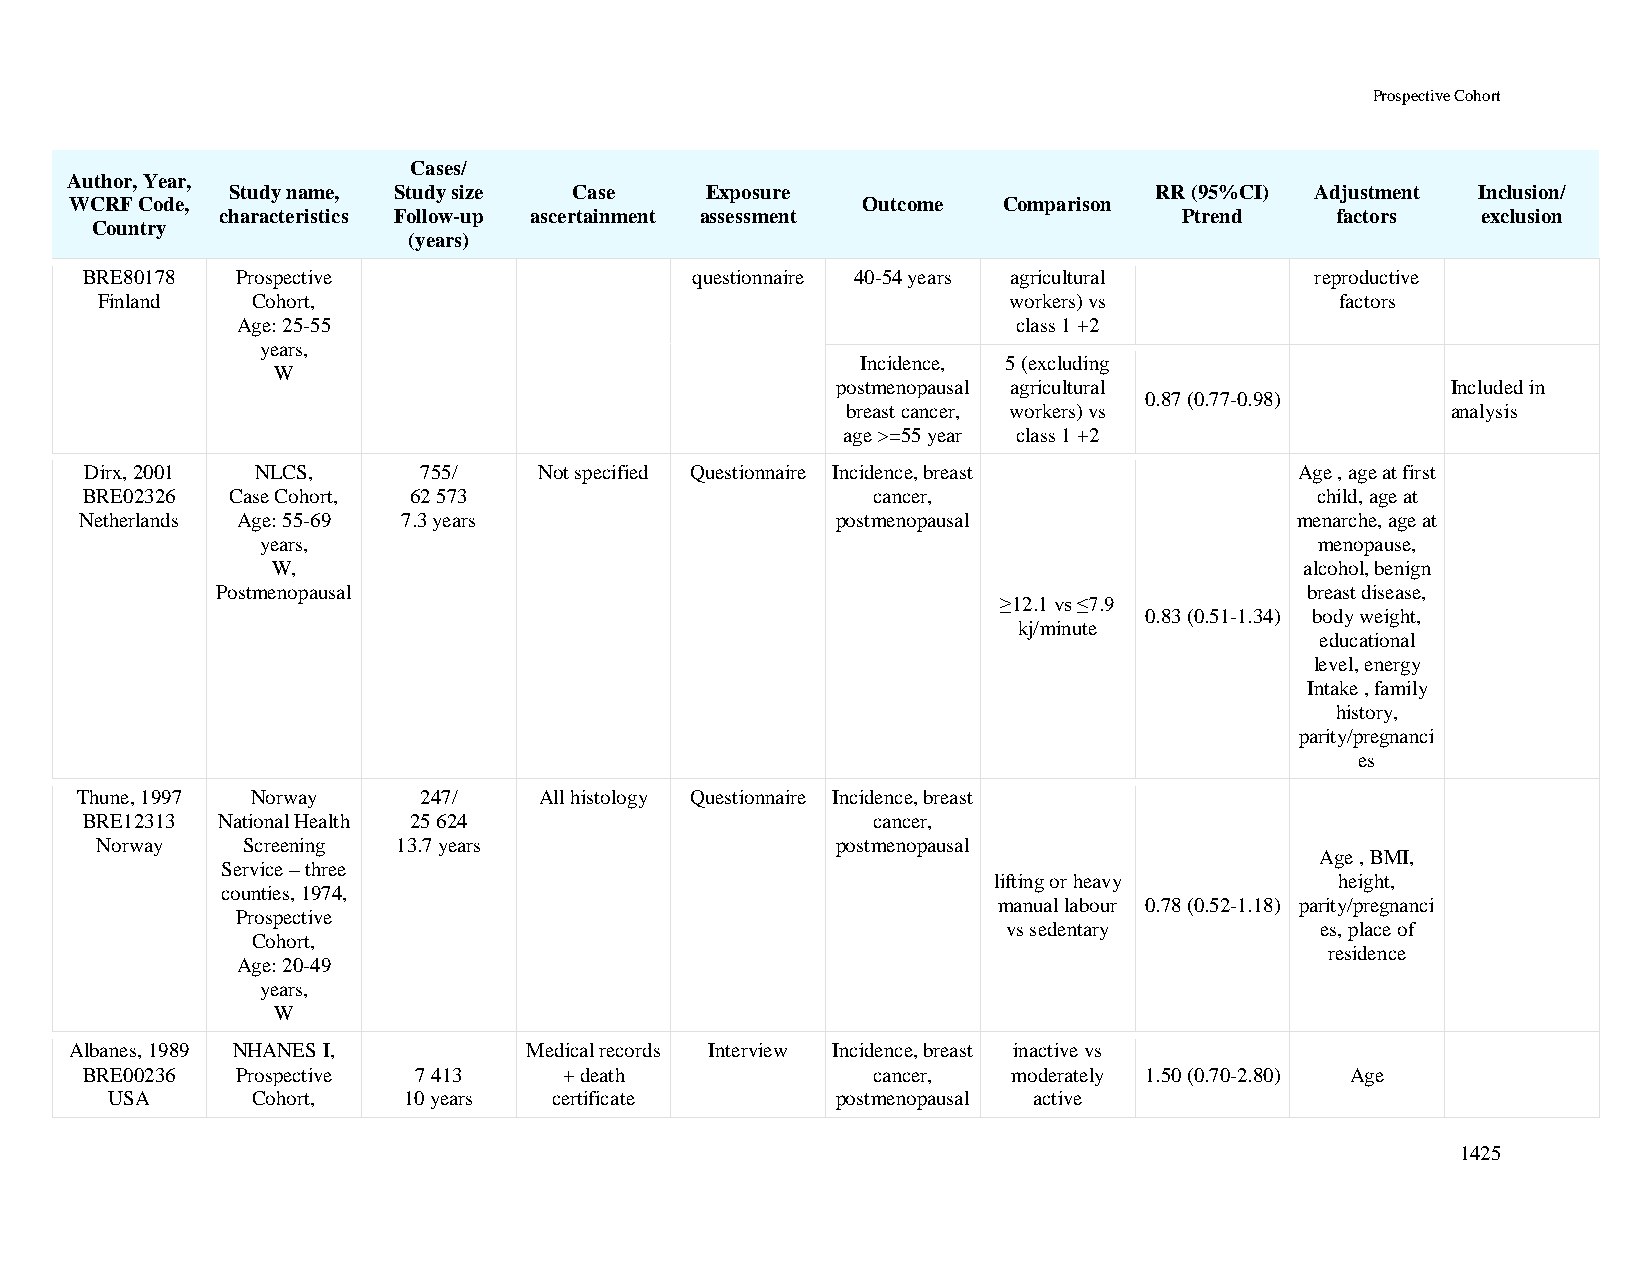
Prospective Cohort
 Cases/
 Author, Year,
 Study name, Study size Case     Exposure                     RR (95%CI) Adjustment Inclusion/
 WCRF Code,                                          Outcome  Comparison
 characteristics Follow-up ascertainment assessment             Ptrend    factors   exclusion
 Country
 (years)
 BRE80178   Prospective                   questionnaire 40-54 years agricultural   reproductive
 Finland    Cohort,                                           workers) vs           factors
 Age: 25-55                                         class 1 +2
 years,
 Incidence, 5 (excluding
 W
 postmenopausal agricultural              Included in
 0.87 (0.77-0.98)
 breast cancer, workers) vs              analysis
 age >=55 year class 1 +2
 Dirx, 2001 NLCS,      755/    Not specified Questionnaire Incidence, breast     Age , age at first
 BRE02326  Case Cohort, 62 573                        cancer,                      child, age at
 Netherlands Age: 55-69 7.3 years                  postmenopausal                 menarche, age at
 years,                                                                menopause,
 W,                                                                  alcohol, benign
 Postmenopausal                                                          breast disease,
 ≥12.1 vs ≤7.9
 0.83 (0.51-1.34) body weight,
 kj/minute
 educational
 level, energy
 Intake , family
 history,
 parity/pregnanci
 es
 Thune, 1997 Norway     247/    All histology Questionnaire Incidence, breast
 BRE12313 National Health 25 624                      cancer,
 Norway    Screening 13.7 years                   postmenopausal
 Age , BMI,
 Service – three
 lifting or heavy       height,
 counties, 1974,
 manual labour 0.78 (0.52-1.18) parity/pregnanci
 Prospective
 vs sedentary        es, place of
 Cohort,
 residence
 Age: 20-49
 years,
 W
 Albanes, 1989 NHANES I,       Medical records Interview Incidence, breast inactive vs
 BRE00236   Prospective 7 413    + death              cancer,  moderately 1.50 (0.70-2.80) Age
 USA       Cohort,   10 years  certificate       postmenopausal active
 1425